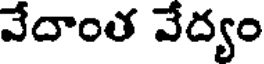
వేదాంత వేద్యం